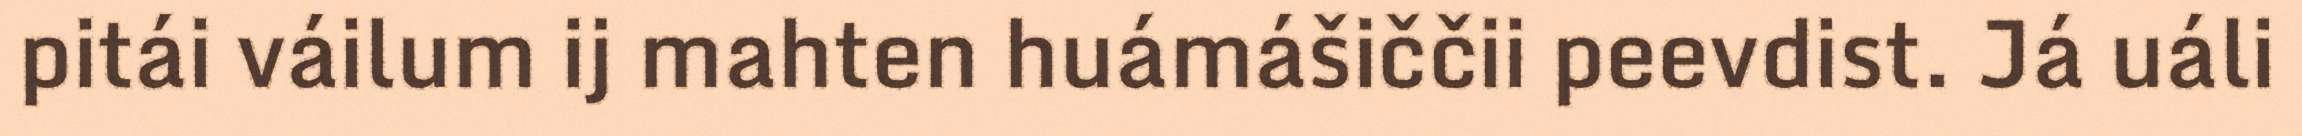
pitái váilum ij mahten huámášiččii peevdist. Já uáli